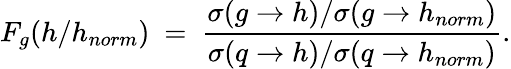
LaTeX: F_{g}(h/h_{norm})\ =\ \frac{\sigma(g\to h)/\sigma(g\to h_{norm})}{\sigma(q\to h)/\sigma(q\to h_{norm})}.